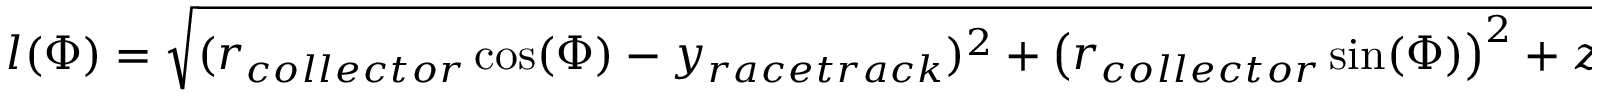
l ( \Phi ) = \sqrt { ( r _ { c o l l e c t o r } \cos ( \Phi ) - y _ { r a c e t r a c k } ) ^ { 2 } + \left( r _ { c o l l e c t o r } \sin ( \Phi ) \right) ^ { 2 } + z _ { c o l l e c t o r } ^ { 2 } }